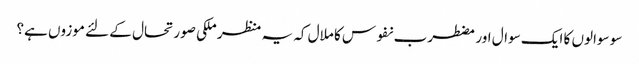
سو سوالوں کا ایک سوال اور مضطرب نفوس کا ملال کہ یہ منظر ملکی صورتحال کے لئے موزوں ہے؟